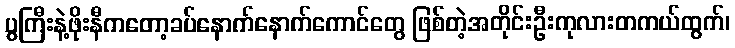
ပွကြီးနဲ့ဖိုးနီကတော့ခပ်နောက်နောက်ကောင်တွေ ဖြစ်တဲ့အတိုင်းဦးကုလားတကယ်ထွက်၊